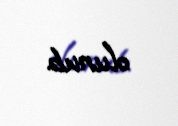
olunub.